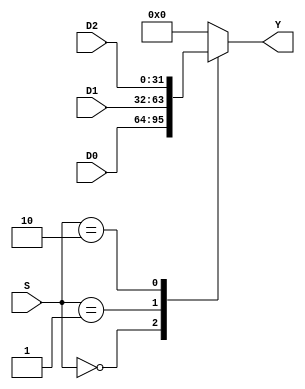
module FourIn_Mux #(parameter width =32)
(
input  wire [width-1:0] D0, D1,D2,
input  wire [1:0]       S,
output reg  [width-1:0] Y
);
always @(*)
begin
  case(S)
    2'b00:Y=D0;
    2'b01:Y=D1;
    2'b10:Y=D2;
    default:Y=0;
  endcase
end

endmodule